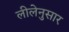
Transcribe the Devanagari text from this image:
लीलेनुसार